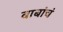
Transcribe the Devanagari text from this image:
बाबांचं